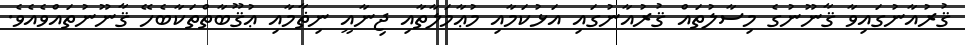
ޤުރުއާނުގައިވާ ޤާނޫނުގެ މިސާލުތައް ޤުރުއާނުގައި އަޅުކަމާއި މުޢާމަލާތާއި ޖިނާއީ ނިޡާމާއި ޢުޤޫބާތްތަކާބެހޭ ޤާނޫނުތައްވެއެވެ.